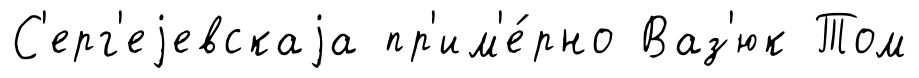
С'ерг'еjевскаjа пр'им'е́рно Ваз'юк Том